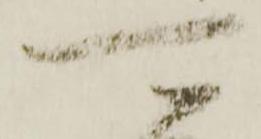
可